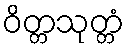
ဝိတ္တသုတ္တံ